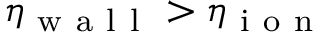
\eta _ { \mathrm { ~ w ~ a ~ l ~ l ~ } } > \eta _ { \mathrm { ~ i ~ o ~ n ~ } }